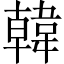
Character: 韓